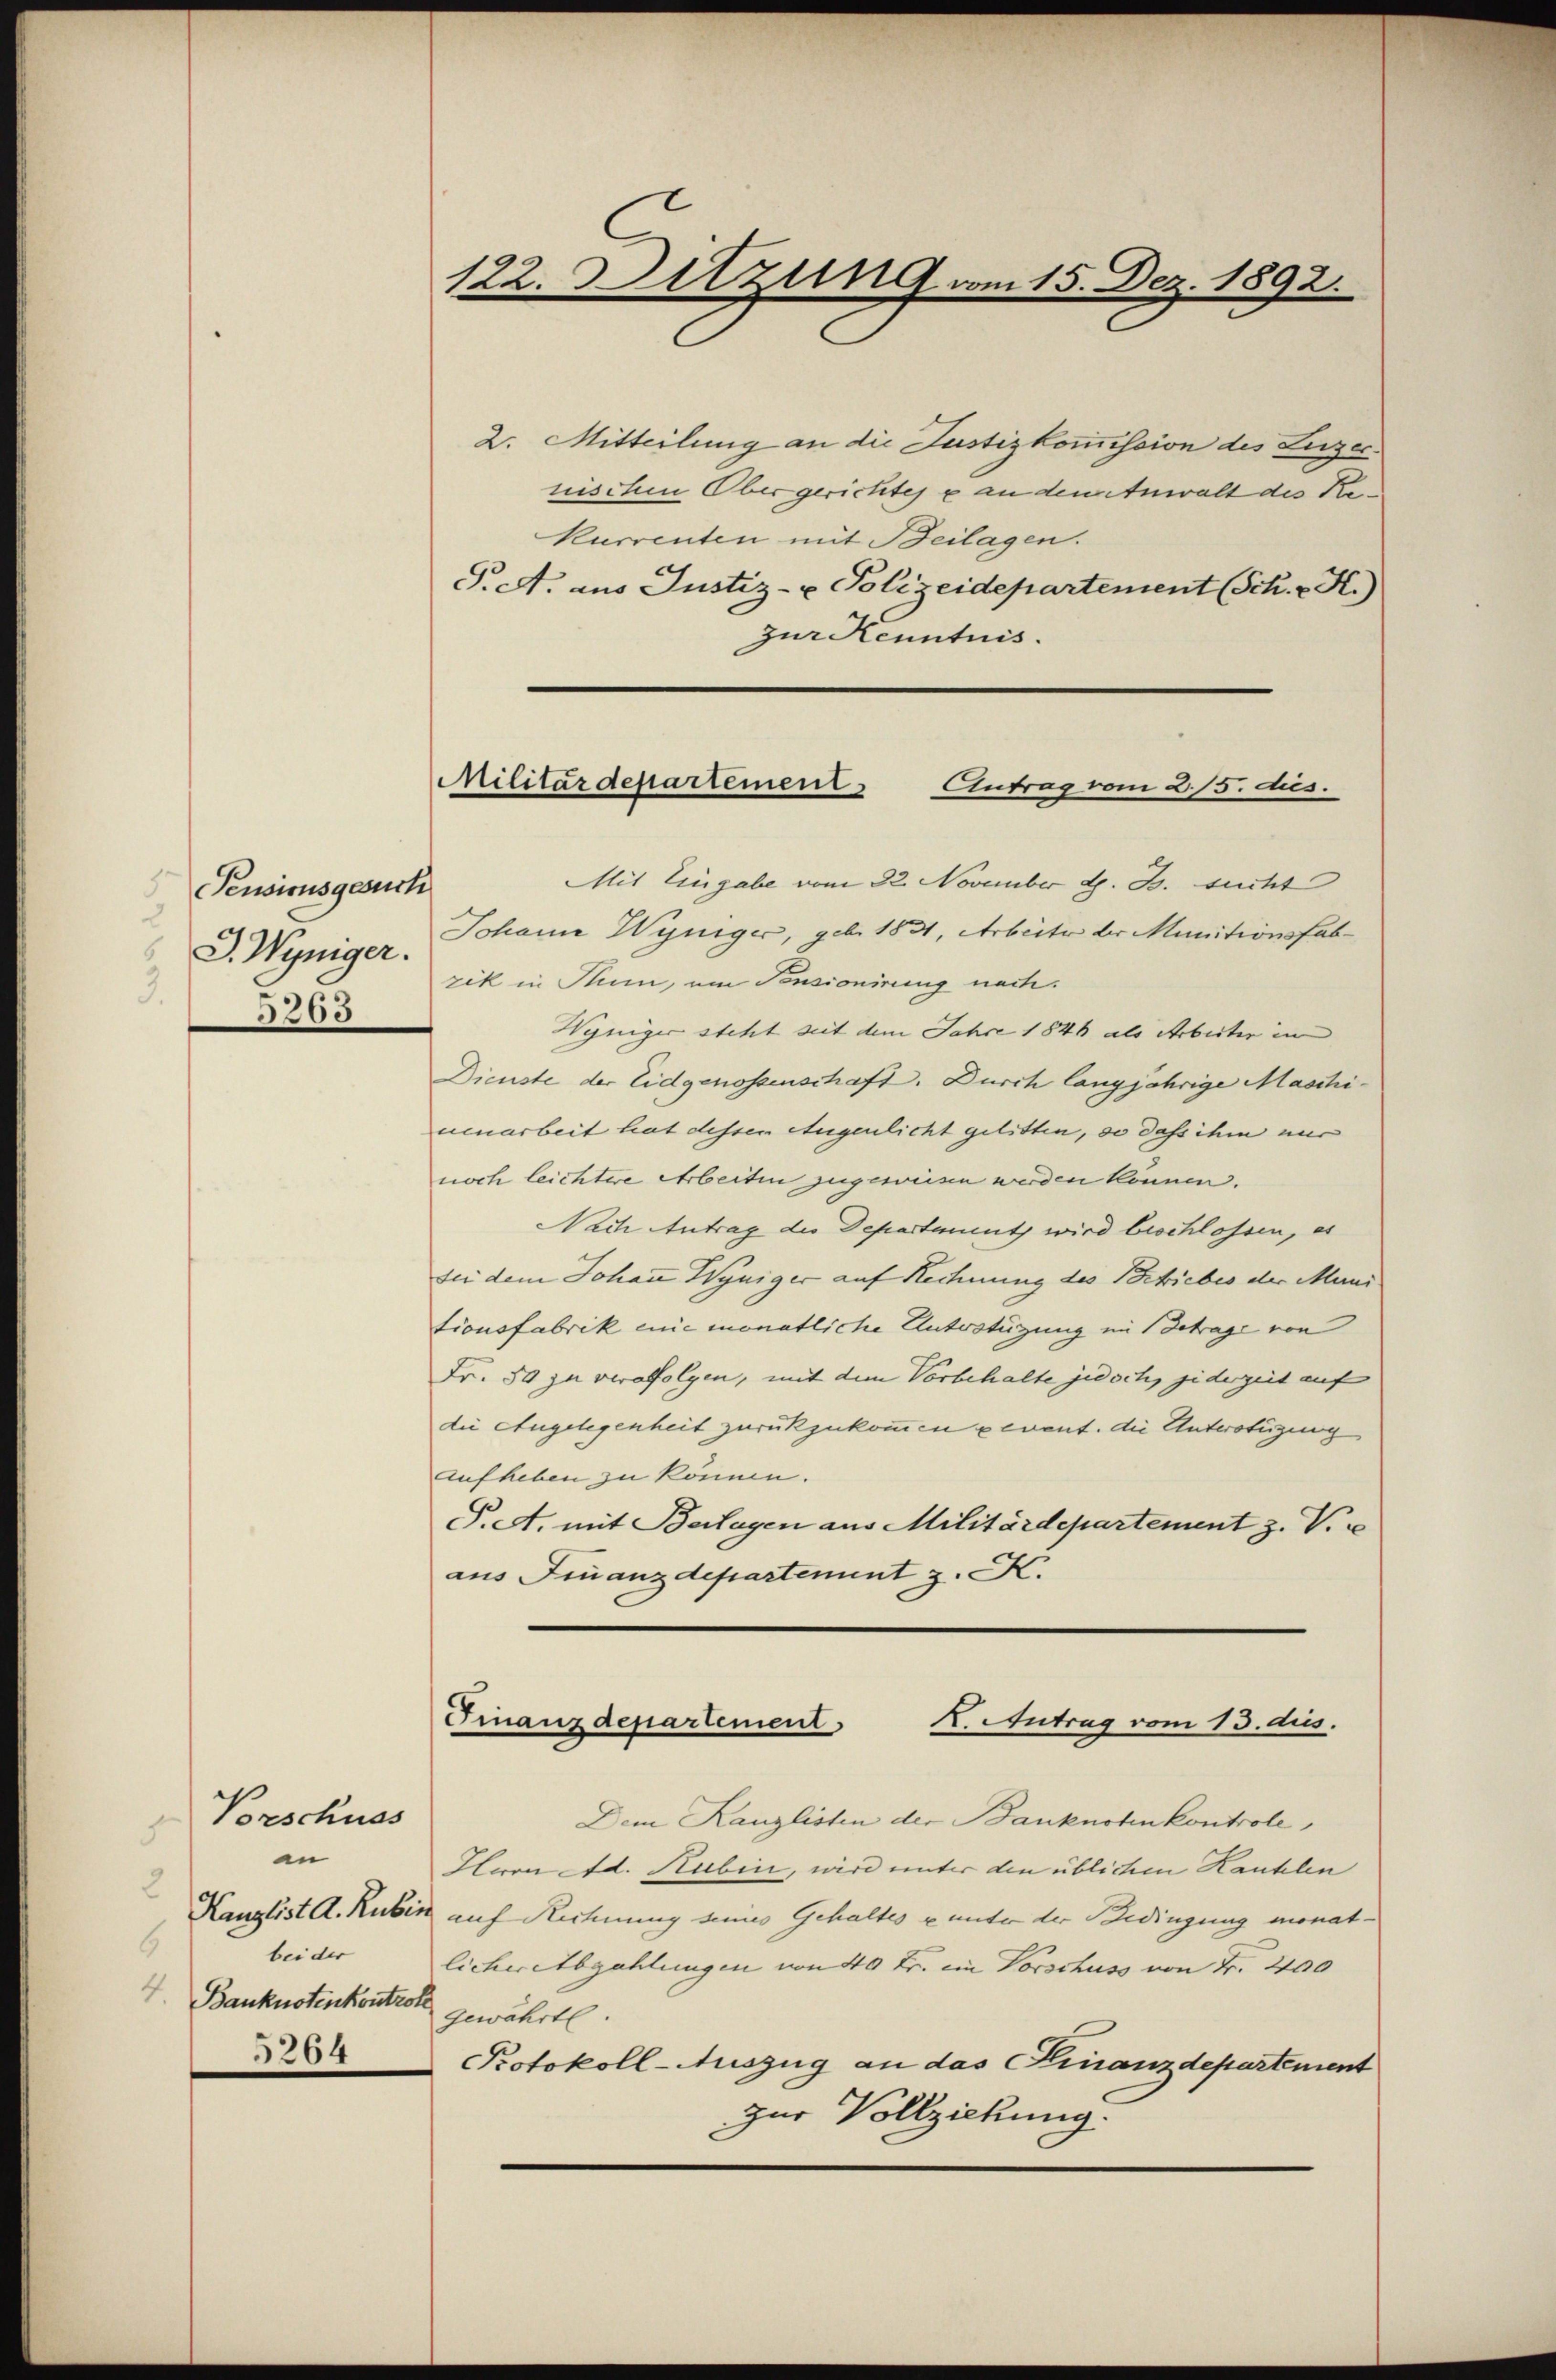
Pensionsgesuch
J. Weniger.
3.
5263

Vorschuss
.
an
6
bei der
4. Banknotenkontrotz gewährte.
5264

2. Mitteilung an die Justizkommission des Luzec.
nischen Obergerichtes & an den Anwalt des Re¬
Kurrenten mit Beilagen.
P.S. aus Justiz- u Polizeidepartement (Sch. v. H.)
zur Kenntnis.

Mit Eingabe vom 22. November d. B. sucht
Johann Wyniger, geb. 1831, Arbeite der Munitionsfabzik in Rum, am Pensionirung nach.
Wyniger steht seit dem Jahre 1848 als Arbeiter in
Dienste der Eidgenossenschaft. Durch langjährige Maschiuenarbeit hat dessen Augenlicht gelitten, so dass ihm nur
noch leichtere Arbeiten zugeweisen werden können.
Nach Antrag die Departenutz wird beschlossen, es
bei dem Johaṅ Wyniger auf Rechnung des Betriebes der Muni
tionsfabrik eine monatliche Unterstüzung im Betrage von
Fr. 50 zu verabfolgen, mit dem Vorbehalte jedoch, jederzeit auf
die Angelegenheit zurückzukommen revent. die Unterotüzung
Aufheben zu können.
P.A. mit Beilagen aus Militärdepartement z. V.
aus Finanzdepartement z. K.

Dem Kanzlisten der Banknotenkontrole,
Hlara Ad. Huben, wird unter den üblichen Kauflen
Kanzlist A. Rubin auf Rechnung seines Gehaltes u unter der Bedingung monatlicher Abzahlungen von 40 Fr. ein Vorschuss von Fr. 200
Protokoll-Auszug an das Finanzdepartement
zur Vollziehung.

122. Sitzung am 15. Dez. 1892.

Militärdepartement. Antrag vom 215. dus.

Finanzdepartement
X. Antrag vom 13. dies.